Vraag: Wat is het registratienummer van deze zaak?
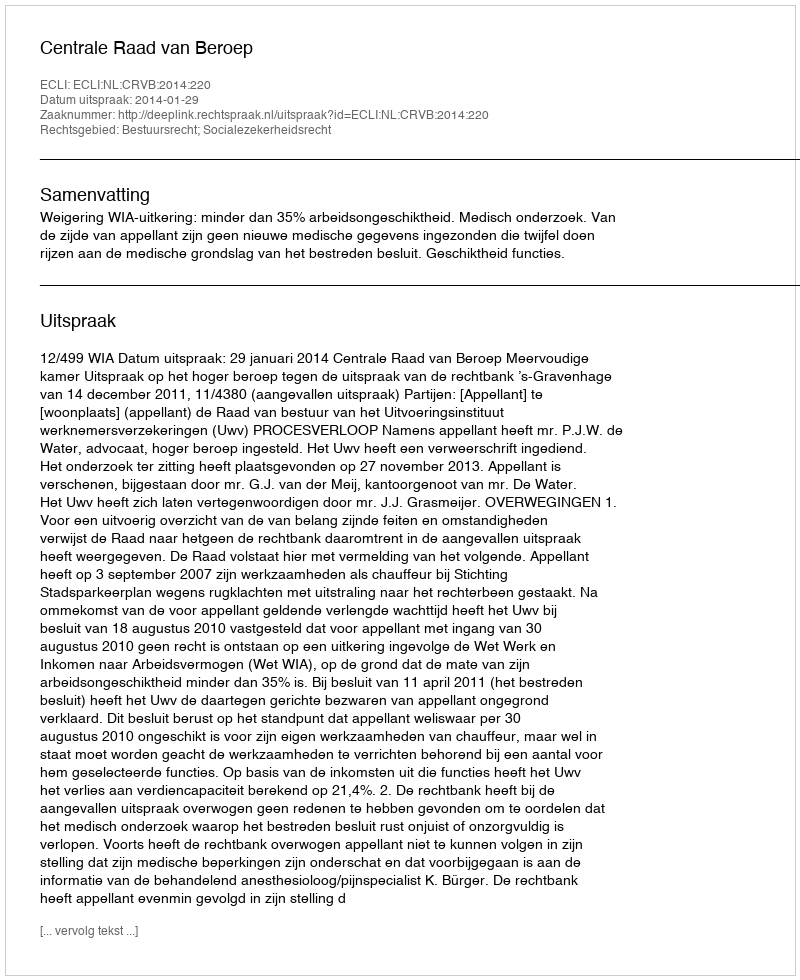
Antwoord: http://deeplink.rechtspraak.nl/uitspraak?id=ECLI:NL:CRVB:2014:220